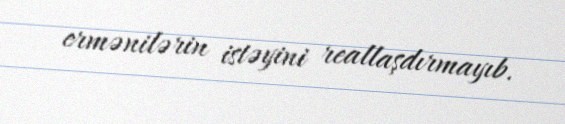
ermənilərin istəyini reallaşdırmayıb.